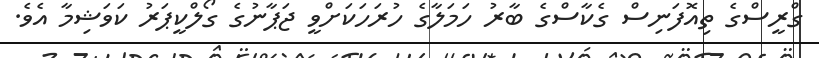
ގްރީސްގެ ތިއޮފަނިސް ގެކާސްގެ ބާރު ހަމަލާގެ ހުރަހަކަށްވީ ޖަޕާނުގެ ގޯލްކީޕަރު ކަވަޝިމާ އެވެ.